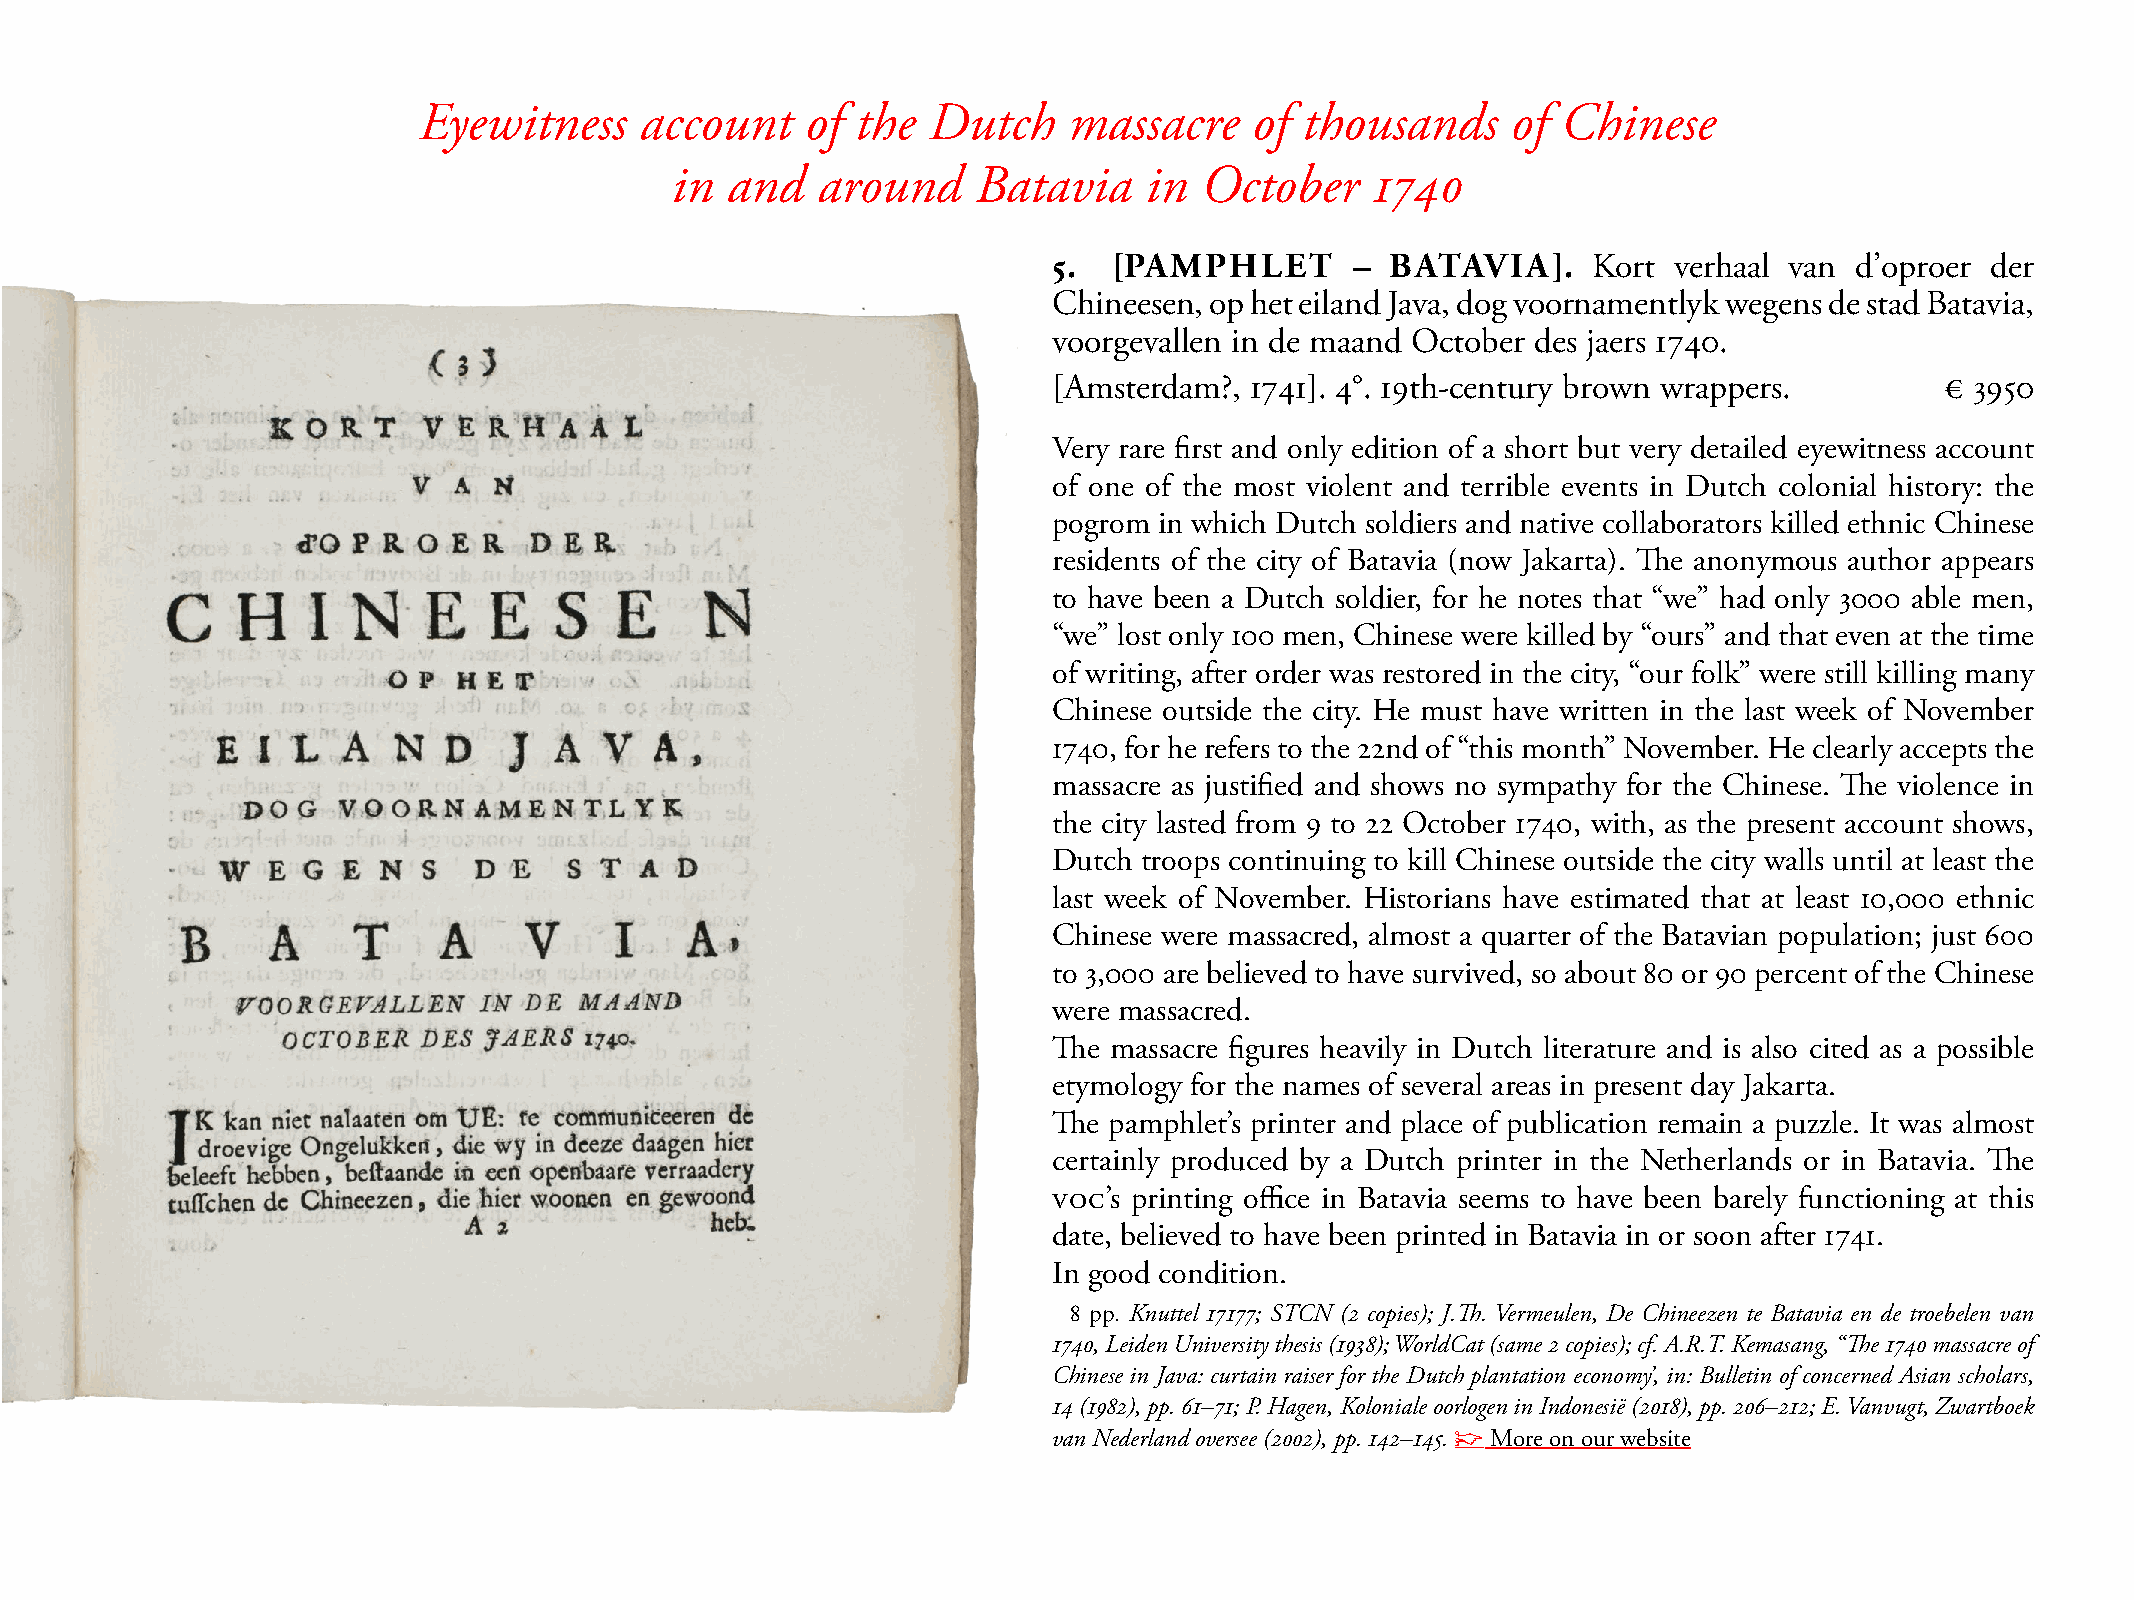
Eyewitness    account    of  the Dutch     massacre    of thousands     of Chinese
 in  and   around     Batavia    in  October    1740
 5.  [PAMPHLET       – BATAVIA].    Kort  verhaal van d’oproer der
 Chineesen, op het eiland Java, dog voornamentlyk wegens de stad Batavia,
 voorgevallen in de maand October des jaers 1740.
 [Amsterdam?, 1741]. 4°. 19th-century brown wrappers.       € 3950
 Very rare first and only edition of a short but very detailed eyewitness account
 of one of the most violent and terrible events in Dutch colonial history: the
 pogrom in which Dutch soldiers and native collaborators killed ethnic Chinese
 residents of the city of Batavia (now Jakarta). The anonymous author appears
 to have been a Dutch soldier, for he notes that “we” had only 3000 able men,
 “we” lost only 100 men, Chinese were killed by “ours” and that even at the time
 of writing, after order was restored in the city, “our folk” were still killing many
 Chinese outside the city. He must have written in the last week of November
 1740, for he refers to the 22nd of “this month” November. He clearly accepts the
 massacre as justified and shows no sympathy for the Chinese. The violence in
 the city lasted from 9 to 22 October 1740, with, as the present account shows,
 Dutch troops continuing to kill Chinese outside the city walls until at least the
 last week of November. Historians have estimated that at least 10,000 ethnic
 Chinese were massacred, almost a quarter of the Batavian population; just 600
 to 3,000 are believed to have survived, so about 80 or 90 percent of the Chinese
 were massacred.
 The massacre figures heavily in Dutch literature and is also cited as a possible
 etymology for the names of several areas in present day Jakarta.
 The pamphlet’s printer and place of publication remain a puzzle. It was almost
 certainly produced by a Dutch printer in the Netherlands or in Batavia. The
 VOC’s printing office in Batavia seems to have been barely functioning at this
 date, believed to have been printed in Batavia in or soon after 1741.
 In good condition.
 8 pp. Knuttel 17177; STCN (2 copies); J.Th. Vermeulen, De Chineezen te Batavia en de troebelen van
 1740, Leiden University thesis (1938); WorldCat (same 2 copies); cf. A.R.T. Kemasang, “The 1740 massacre of
 Chinese in Java: curtain raiser for the Dutch plantation economy’, in: Bulletin of concerned Asian scholars,
 14 (1982), pp. 61–71; P. Hagen, Koloniale oorlogen in Indonesië (2018), pp. 206–212; E. Vanvugt, Zwartboek
 van Nederland oversee (2002), pp. 142–145. ☞ more on our website